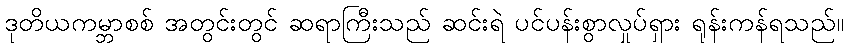
ဒုတိယကမ္ဘာစစ် အတွင်းတွင် ဆရာကြီးသည် ဆင်းရဲ ပင်ပန်းစွာလှုပ်ရှား ရုန်းကန်ရသည်။